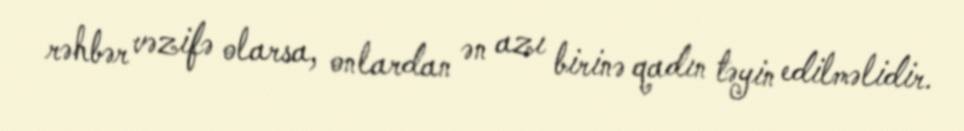
rəhbər vəzifə olarsa, onlardan ən azı birinə qadın təyin edilməlidir.